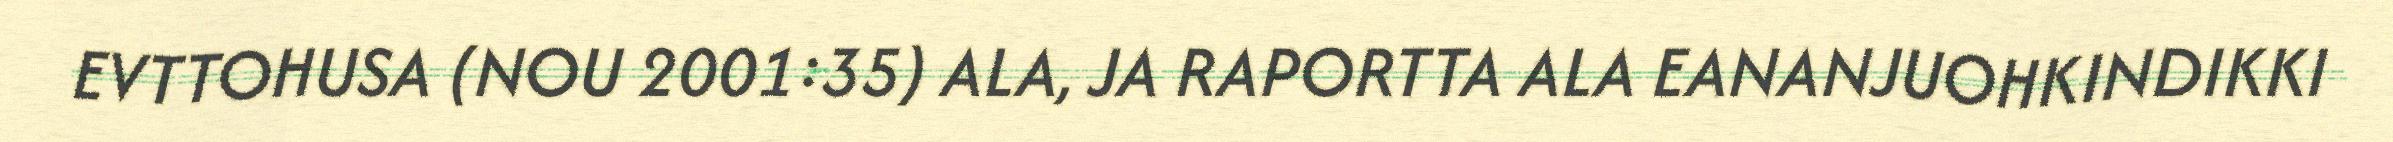
EVTTOHUSA (NOU 2001:35) ALA, JA RAPORTTA ALA EANANJUOHKINDIKKI